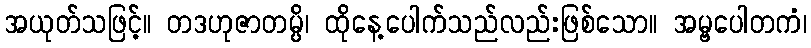
အယုတ်သဖြင့်။ တဒဟုဇာတမ္ပိ၊ ထိုနေ့ပေါက်သည်လည်းဖြစ်သော။ အမ္ဗပေါတကံ၊